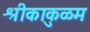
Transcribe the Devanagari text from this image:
श्रीकाकुळम